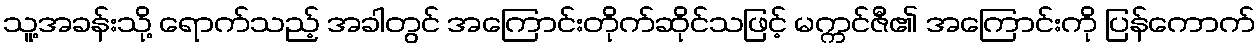
သူ့အခန်းသို့ ရောက်သည့် အခါတွင် အကြောင်းတိုက်ဆိုင်သဖြင့် မက္ကင်ဇီ၏ အကြောင်းကို ပြန်ကောက်